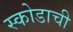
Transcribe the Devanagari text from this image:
स्कोडाची